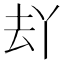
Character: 𱑣